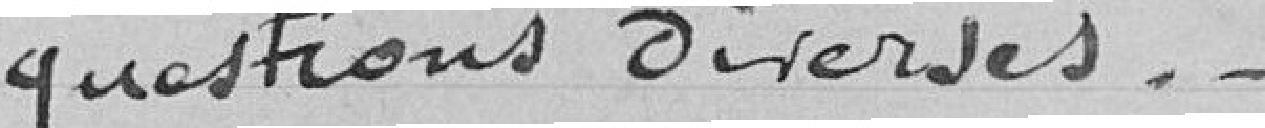
questions diverses.